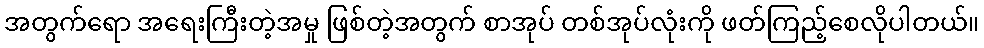
အတွက်ရော အရေးကြီးတဲ့အမှု ဖြစ်တဲ့အတွက် စာအုပ် တစ်အုပ်လုံးကို ဖတ်ကြည့်စေလိုပါတယ်။